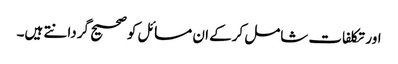
اور تکلفات شامل کرکے ان مسائل کو صحیح گردانتے ہیں۔